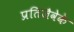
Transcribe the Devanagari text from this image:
प्रतिजैवेके